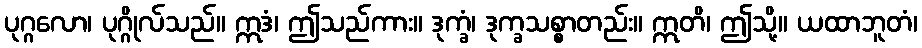
ပုဂ္ဂလော၊ ပုဂ္ဂိုလ်သည်။ ဣဒံ၊ ဤသည်ကား။ ဒုက္ခံ၊ ဒုက္ခသစ္စာတည်း။ ဣတိ၊ ဤသို့။ ယထာဘူတံ၊